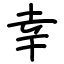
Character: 幸